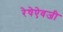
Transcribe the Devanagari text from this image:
रेषेऐवजी